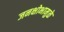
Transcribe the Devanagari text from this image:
जनक्षोभामुळे